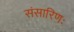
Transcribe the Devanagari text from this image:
संसारिणः